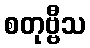
စတုဗ္ဗီသ